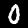
Label: 0